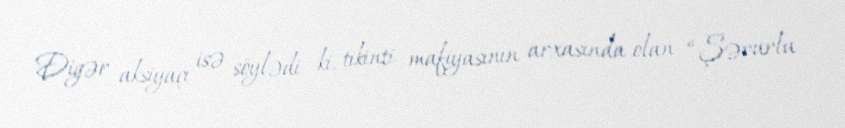
Digər aksiyaçı isə söylədi ki, tikinti mafiyasının arxasında olan “Şərurlu